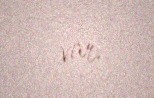
var.